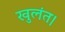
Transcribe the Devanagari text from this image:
खुलंत।